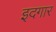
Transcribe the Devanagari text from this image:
इदगार